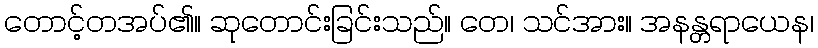
တောင့်တအပ်၏။ ဆုတောင်းခြင်းသည်။ တေ၊ သင်အား။ အနန္တရာယေန၊